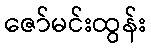
ဇော်မင်းထွန်း